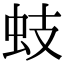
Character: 蚑